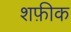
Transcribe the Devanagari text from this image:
शफ़ीक